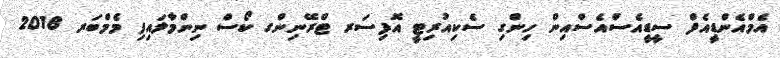
އެމްއެންޑީއެފް ސީޑީއެސްއެސްއިން ހިންގި ސެކިއުރިޓީ އޮފިސަރ ޓްރޭނިންގ ކޯސް ނިންމާލައިފި މެމްބަރ 2018